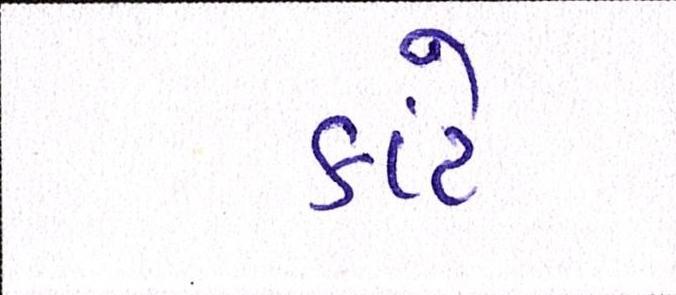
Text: કાંટે